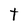
Character: t